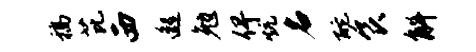
稿芘西邈勉俾炕名酡食斛